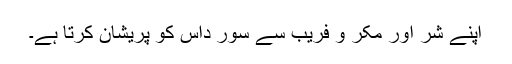
اپنے شر اور مکر و فریب سے سور داس کو پریشان کرتا ہے۔